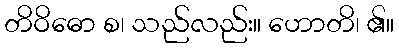
တိဝိဓော စ၊ သည်လည်း။ ဟောတိ၊ ၏။